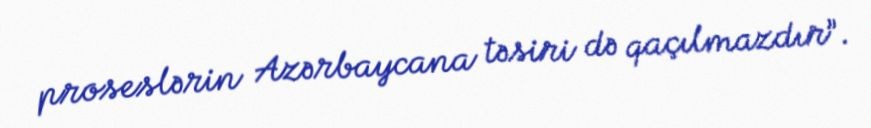
proseslərin Azərbaycana təsiri də qaçılmazdır”.